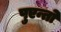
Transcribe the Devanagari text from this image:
पुएन्तो